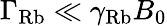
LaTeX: \Gamma_{\mathrm{Rb}}\ll\gamma_{\mathrm{Rb}}B_{0}